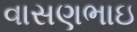
વાસણભાઇ